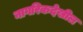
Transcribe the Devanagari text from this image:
नागरिकदेखील